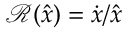
\mathcal { R } ( \hat { x } ) = \dot { x } / \hat { x }